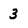
Character: 3